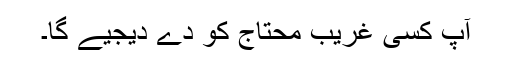
آپ کسی غریب محتاج کو دے دیجیے گا۔